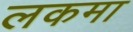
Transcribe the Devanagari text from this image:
लकमा